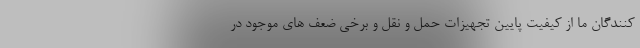
کنندگان ما از کیفیت پایین تجهیزات حمل و نقل و برخی ضعف های موجود در